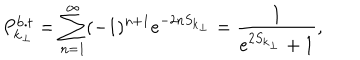
P _ { { \bf k } _ { \perp } } ^ { \mathrm { b . t } } = \sum _ { n = 1 } ^ { \infty } ( - 1 ) ^ { n + 1 } e ^ { - 2 n S _ { { \bf k } _ { \perp } } } = \frac { 1 } { e ^ { 2 S _ { { \bf k } _ { \perp } } } + 1 } ,